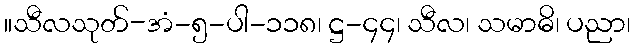
။သီလသုတ်-အံ-၅-ပါ-၁၁၈၊ ဋ္ဌ-၄၄၊ သီလ၊ သမာဓိ၊ ပညာ၊